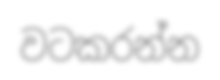
වටකරන්න